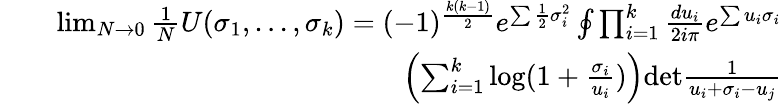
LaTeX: \begin{array}{rlr}&{}&{\operatorname*{lim}_{N\to 0}\frac{1}{N}U(\sigma_{1},...,\sigma_{k})=(-1)^{\frac{k(k-1)}{2}}e^{\sum\frac{1}{2}\sigma_{i}^{2}}\oint\prod_{i=1}^{k}\frac{du_{i}}{2i\pi}e^{\sum u_{i}\sigma_{i}}}\\ &{}&{\left(\sum_{i=1}^{k}\mathrm{log}(1+\frac{\sigma_{i}}{u_{i}})\right)\mathrm{det}\frac{1}{u_{i}+\sigma_{i}-u_{j}}}\end{array}